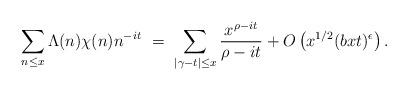
LaTeX: \begin{align*} \sum_{n\le x} \Lambda(n) \chi(n) n^{-it} \ = \ \sum_{|\gamma - t| \le x} \frac{x^{\rho - it}}{\rho - it} + O\left(x^{1/2} (bxt)^\epsilon \right). \end{align*}